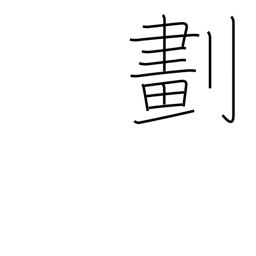
Meaning: divide